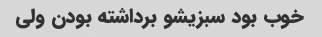
خوب بود سبزیشو برداشته بودن ولی